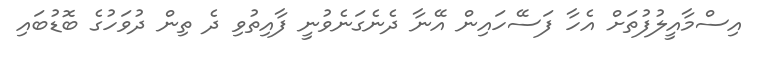
އިސްމާއީލުފުތަށް އެހާ ފަސޭހައިން އޭނާ ދެނެގަނެވުނީ ފާއިތުވި ދެ ތިން ދުވަހުގެ ބޮޑުބައި